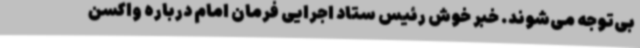
بی‌توجه می‌شوند. خبر خوش رئیس ستاد اجرایی فرمان امام درباره واکسن